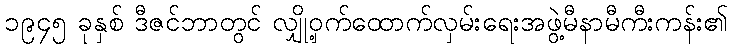
၁၉၄၅ ခုနှစ် ဒီဇင်ဘာတွင် လျှို့ဝှက်ထောက်လှမ်းရေးအဖွဲ့မီနာမီကီးကန်း၏